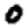
Digit: 0